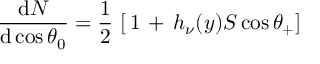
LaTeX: { \frac { \mathrm { d } N } { \mathrm { d } \cos \theta _ { 0 } } } = { \frac { 1 } { 2 } } \, \left[ \, 1 \, + \, h _ { \nu } ( y ) S \cos \theta _ { + } \right]